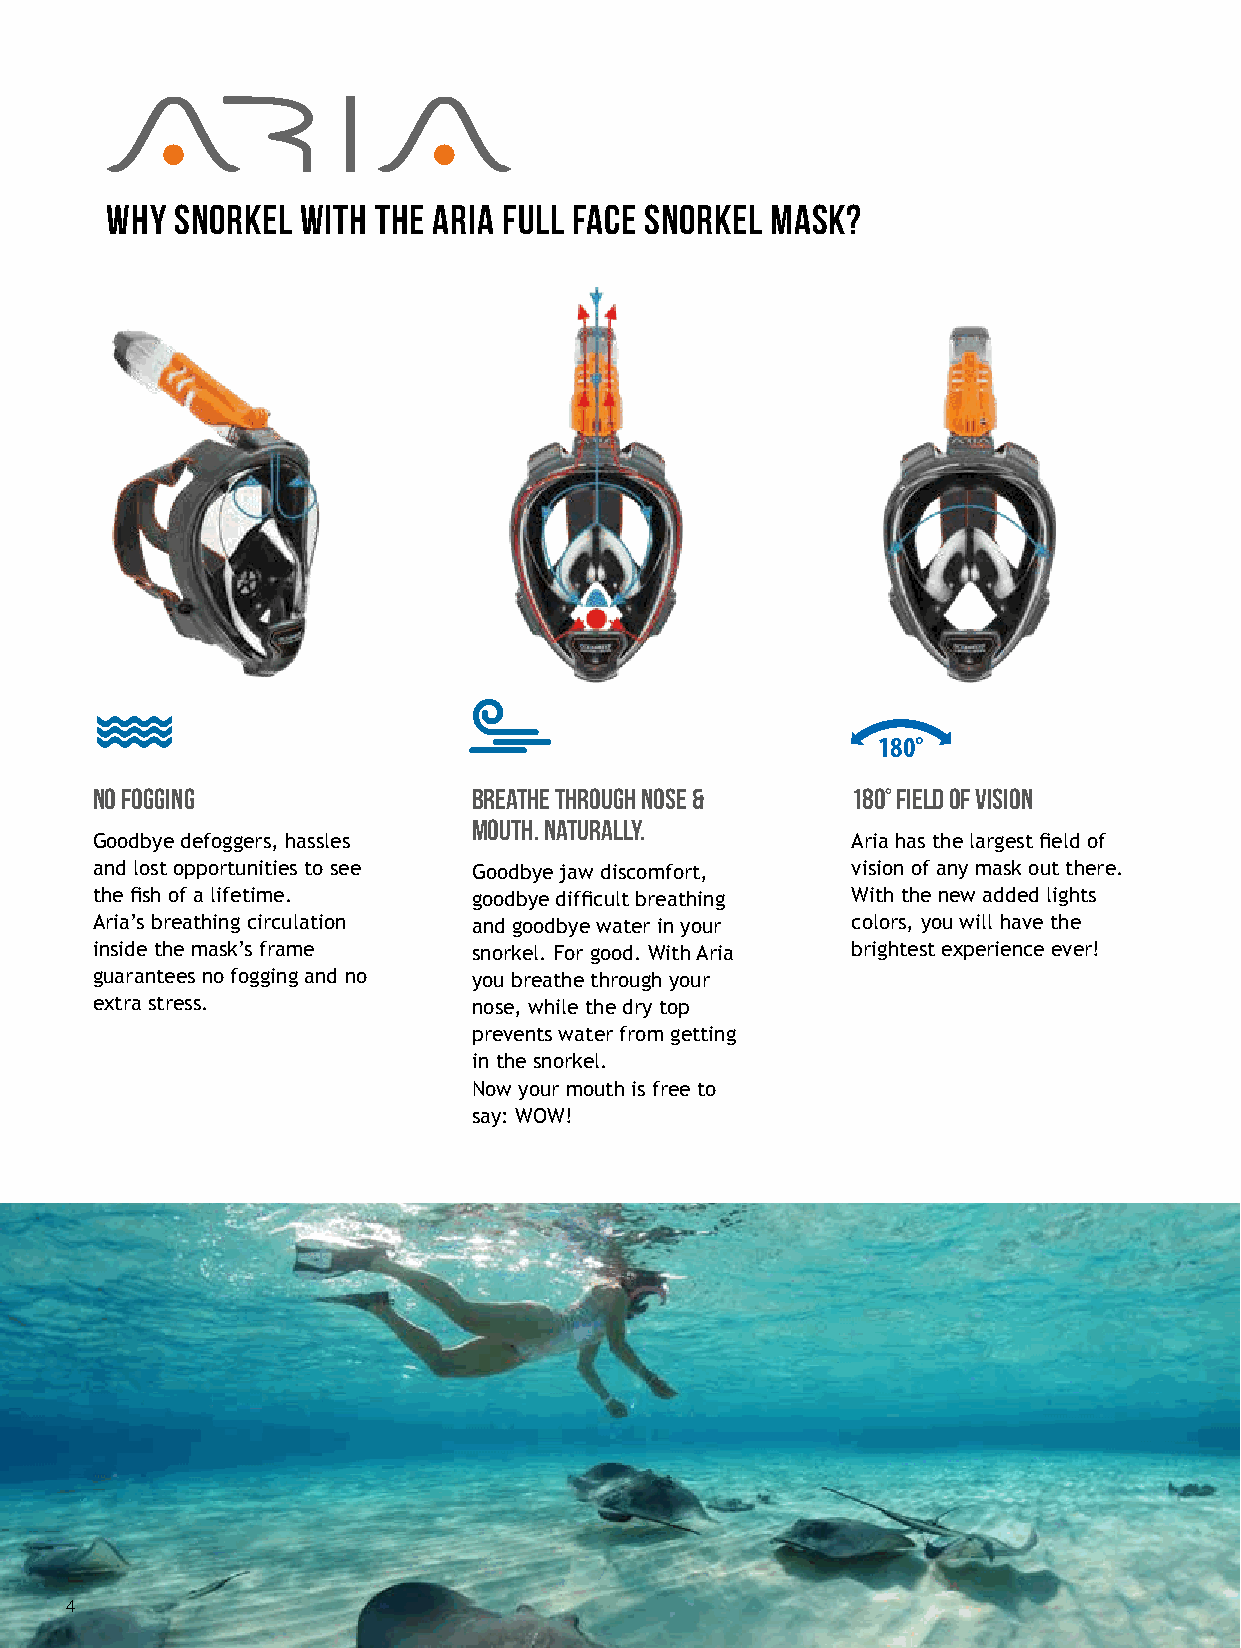
WHY  SNORKEL WITH THE ARIA FULL FACE SNORKEL MASK?
 180°
 NO FOGGING               BREATHE THROUGH NOSE &   180° FIELD OF VISION
 MOUTH. NATURALLY.
 Goodbye defoggers, hassles                        Aria has the largest field of
 and lost opportunities to see Goodbye jaw discomfort, vision of any mask out there.
 the fish of a lifetime.  goodbye difficult breathing With the new added lights
 Aria’s breathing circulation and goodbye water in your colors, you will have the
 inside the mask’s frame  snorkel. For good. With Aria brightest experience ever!
 guarantees no fogging and no you breathe through your
 extra stress.            nose, while the dry top
 prevents water from getting
 in the snorkel.
 Now your mouth is free to
 say: WOW!
 4